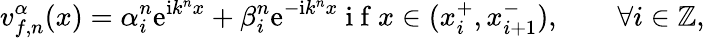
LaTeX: v_{f,n}^{\alpha}(x)=\alpha_{i}^{n}\mathrm{e}^{\mathrm{i}k^{n}x}+\beta_{i}^{n}\mathrm{e}^{-\mathrm{i}k^{n}x}\mathrm{~i~f~}x\in(x_{i}^{+},x_{i+1}^{-}),\qquad\forall i\in\mathbb{Z},